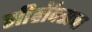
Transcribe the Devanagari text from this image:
सीहॉक्सचा